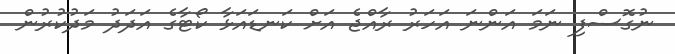
ނުގޮސްފި ނަމަ އަންނަ އަހަރު ރާއްޖެ އަށް ކަނޑައަޅާ ކޯޓާގެ އަދަދު މަދުކުރުން